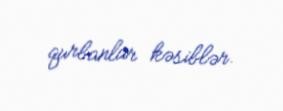
qurbanlar kəsiblər.